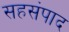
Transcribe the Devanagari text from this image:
सहसंपाद